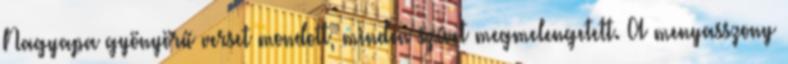
Nagyapa gyönyörű verset mondott, minden szívet megmelengetett. A menyasszony